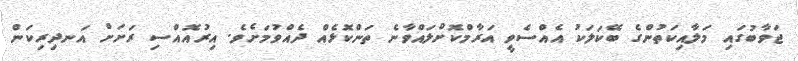
ޖަވާބުގައި މަލާއިކަތުންގެ ބޭކަލަކު އެއްސެވީ އަރާމްކޮށްލައްވާނެ ތަންކޮޅެއް ދެއްވުމަށެވެ. އިރުއޮއްސި ރަށަށް އަނދިރިކަން